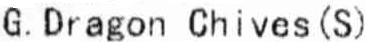
G.DRAGON CHIVES (S)